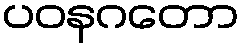
ပဝနဂတော